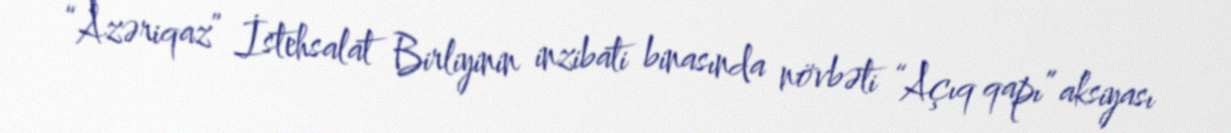
“Azəriqaz” İstehsalat Birliyinin inzibati binasında növbəti “Açıq qapı” aksiyası